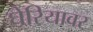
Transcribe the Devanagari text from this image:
घेरियावर